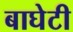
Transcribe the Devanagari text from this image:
बाघेटी